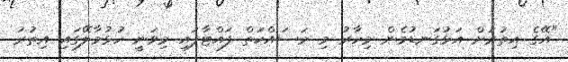
"އޭގެ އިތުރަށް އަޅުގަނޑުމެން މިހާރު މި މަސައްކަތް ފައްޓާފައި މިވަނީ ހުޅުމާލޭގައި އިތުރު